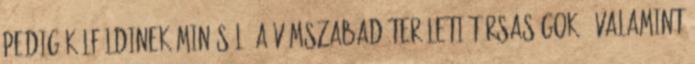
pedig külföldinek minősül. A vámszabad területi társaságok - valamint